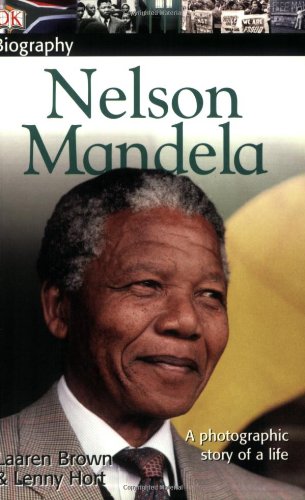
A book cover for DK Biography: Nelson Mandela; Lenny Hort; Children's Books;